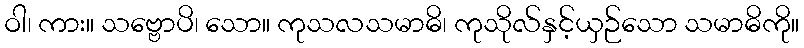
ဝါ၊ ကား။ သဗ္ဗောပိ၊ သော။ ကုသလသမာဓိ၊ ကုသိုလ်နှင့်ယှဉ်သော သမာဓိကို။